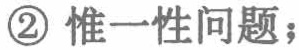
\textcircled{2} 惟一性问题；